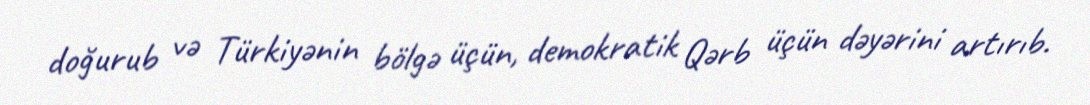
doğurub və Türkiyənin bölgə üçün, demokratik Qərb üçün dəyərini artırıb.